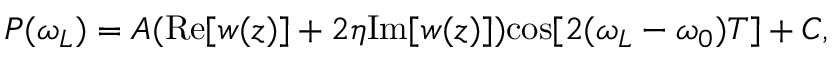
P ( \omega _ { L } ) = A ( \mathrm { R e } [ w ( z ) ] + 2 \eta \mathrm { I m } [ w ( z ) ] ) \mathrm { c o s } [ 2 ( \omega _ { L } - \omega _ { 0 } ) T ] + C ,